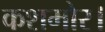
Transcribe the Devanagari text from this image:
कशमोर।